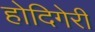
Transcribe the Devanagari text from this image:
होदिगेरी